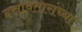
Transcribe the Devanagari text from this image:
दत्तावतारांच्या